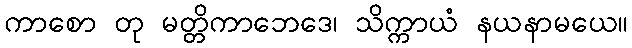
ကာစော တု မတ္တိကာဘေဒေ၊ သိက္ကာယံ နယနာမယေ။